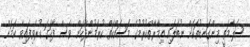
ސަލާމަތީ މިންގަނޑުތަކަށް ނުބަލައި ޢިމާރާތްކުރުމުގެ މަސައްކަތް ކުރަމުންދާކަން ވެސް ފާހަގަ ކުރެވިފައިވާ ކަމަށް